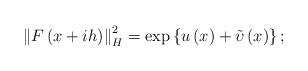
LaTeX: \begin{align*}\left\Vert F\left( x+ih\right) \right\Vert _{H}^{2}=\exp \left\{ u\left(x\right) +\tilde{\upsilon}\left( x\right) \right\} ; \end{align*}